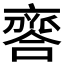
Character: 𠆗